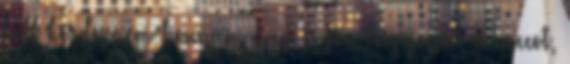
kell kérdeznem honnan, úgy is jön leszíjazni a cuccot,